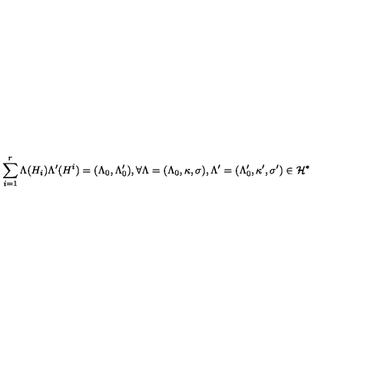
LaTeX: \sum _ { i = 1 } ^ { r } \Lambda ( H _ { i } ) \Lambda ^ { \prime } ( H ^ { i } ) = ( \Lambda _ { 0 } , \Lambda _ { 0 } ^ { \prime } ) , \forall \Lambda = ( \Lambda _ { 0 } , \kappa , \sigma ) , \Lambda ^ { \prime } = ( \Lambda _ { 0 } ^ { \prime } , \kappa ^ { \prime } , \sigma ^ { \prime } ) \in { \cal H } ^ { * }